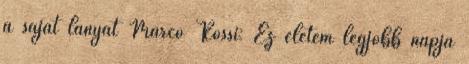
a saját lányát Marco Rossi: Ez életem legjobb napja